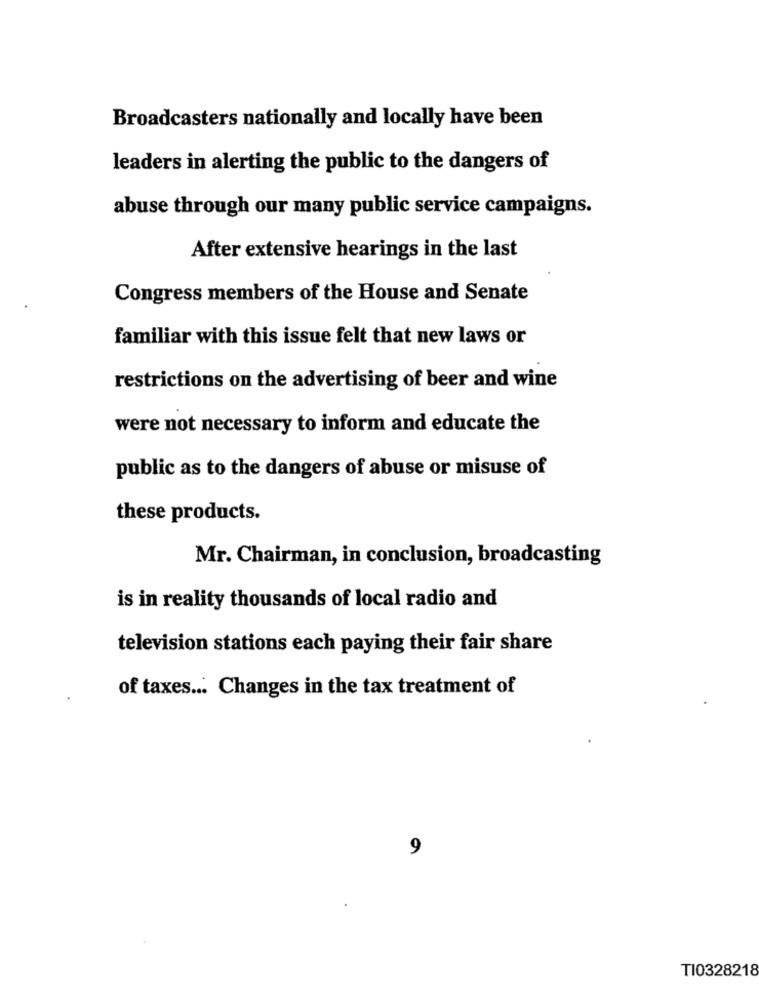
Broadcasters nationally and locally have been
leaders in alerting the public to the dangers of
abuse through our many public service campaigns.
After extensive hearings in the last
Congress members of the House and Senate
familiar with this issue felt that new laws or
restrictions on the advertising of beer and wine
were not necessary to inform and educate the
public as to the dangers of abuse or misuse of
these products.
Mr. Chairman, in conclusion, broadcasting
is in reality thousands of local radio and
television stations each paying their fair share
of taxes ... Changes in the tax treatment of
9
TI0328218